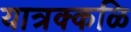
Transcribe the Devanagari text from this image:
यात्रक्कळि